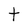
Character: t